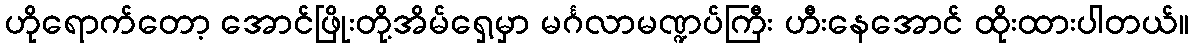
ဟိုရောက်တော့ အောင်ဖြိုးတို့အိမ်ရှေ့မှာ မင်္ဂလာမဏ္ဍပ်ကြီး ဟီးနေအောင် ထိုးထားပါတယ်။